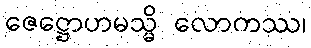
ဇေဋ္ဌောဟမသ္မိ လောကဿ၊